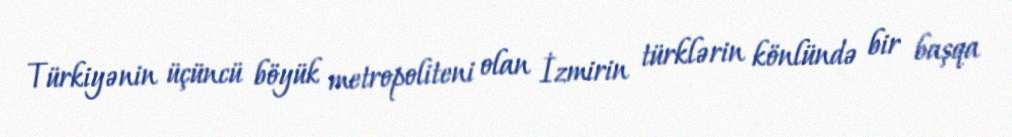
Türkiyənin üçüncü böyük metropoliteni olan İzmirin türklərin könlündə bir başqa